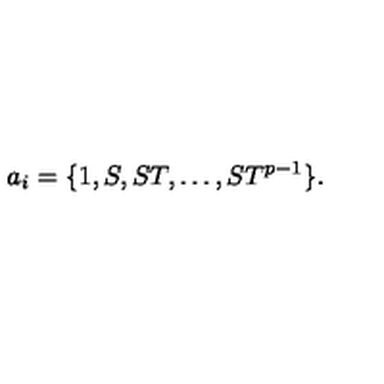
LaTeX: a _ { i } = \{ 1 , S , S T , \dots , S T ^ { p - 1 } \} .